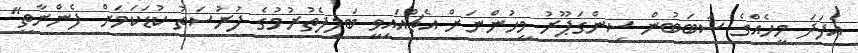
އެފަދަ މީހެއްގެ ސަބަބުން ސިންގަޕޫރު މީހުންނަށް އެޗްއައިވީ ބަލިފެތުރުމުގެ ފުރުސަތު ކުޑަކަމަށް ފެންނާތީ"